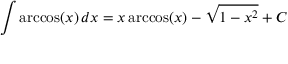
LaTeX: \int \operatorname { a r c c o s } ( x ) \, d x = x \operatorname { a r c c o s } ( x ) - { \sqrt { 1 - x ^ { 2 } } } + C